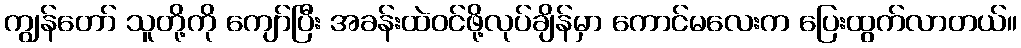
ကျွန်တော် သူတို့ကို ကျော်ပြီး အခန်းထဲဝင်ဖို့လုပ်ချိန်မှာ ကောင်မလေးက ပြေးထွက်လာတယ်။